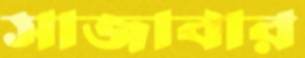
সাজাবার